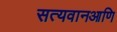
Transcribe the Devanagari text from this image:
सत्यवानआणि